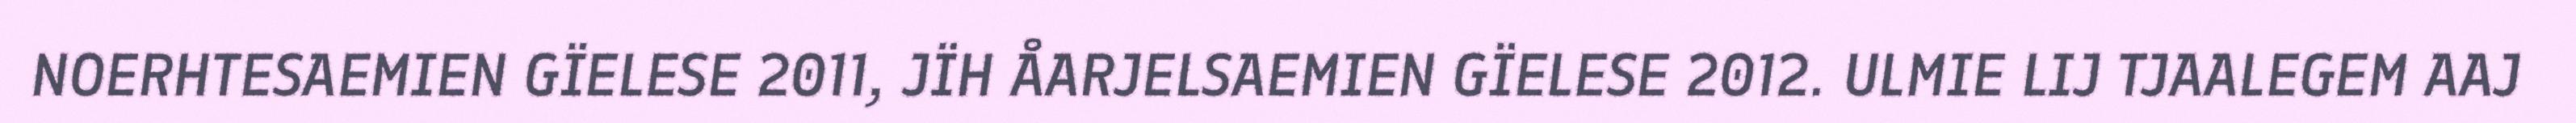
NOERHTESAEMIEN GÏELESE 2011, JÏH ÅARJELSAEMIEN GÏELESE 2012. ULMIE LIJ TJAALEGEM AAJ